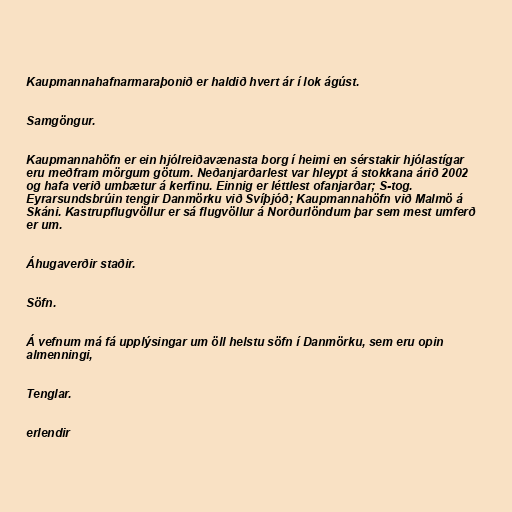
Kaupmannahafnarmaraþonið er haldið hvert ár í lok ágúst.

Samgöngur.

Kaupmannahöfn er ein hjólreiðavænasta borg í heimi en sérstakir hjólastígar
eru meðfram mörgum götum. Neðanjarðarlest var hleypt á stokkana árið 2002
og hafa verið umbætur á kerfinu. Einnig er léttlest ofanjarðar; S-tog.
Eyrarsundsbrúin tengir Danmörku við Svíþjóð; Kaupmannahöfn við Malmö á
Skáni. Kastrupflugvöllur er sá flugvöllur á Norðurlöndum þar sem mest umferð
er um.

Áhugaverðir staðir.

Söfn.

Á vefnum má fá upplýsingar um öll helstu söfn í Danmörku, sem eru opin
almenningi,

Tenglar.

erlendir